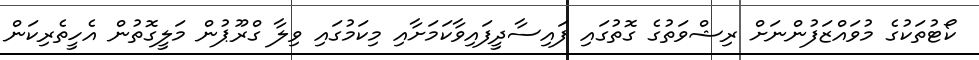
ކޯޓުތަކުގެ މުވައްޒަފުންނަށް ރިޝްވަތުގެ ގޮތުގައި ފައިސާދީފައިވާކަމަށާއި މިކަމުގައި ވިލާ ގްރޫޕުން މަލީގޮތުން އެހީތެރިކަން